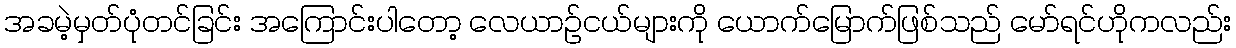
အခမဲ့မှတ်ပုံတင်ခြင်း အကြောင်းပါတော့ လေယာဉ်ငယ်များကို ယောက်မြောက်ဖြစ်သည် မော်ရင်ဟိုကလည်း